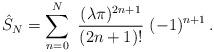
LaTeX: \begin{align*}\hat{S}_{N} = \sum_{n=0}^{N} \ {(\lambda \pi)^{2n+1} \over (2n+1)!} \ (-1)^{n+1} \, .\end{align*}